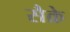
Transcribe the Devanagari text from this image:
सैक्रे